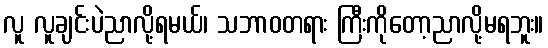
လူ လူချင်းပဲညာလို့ရမယ်၊ သဘာဝတရား ကြီးကိုတော့ညာလို့မရဘူး။